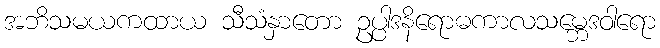
အဘိသမယကထာယ သီသံနှာတော ဥပ္ပါဒနိရောဓကာလသမ္ဘေဒဝါရော